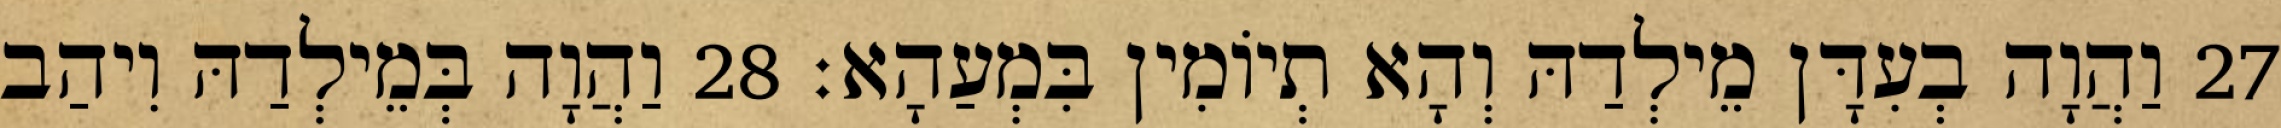
27 וַהֲוָה בְעִדָּן מֵילְדַהּ וְהָא תְיוֹמִין בִּמְעַהָא׃ 28 וַהֲוָה בְּמֵילְדַהּ וִיהַב